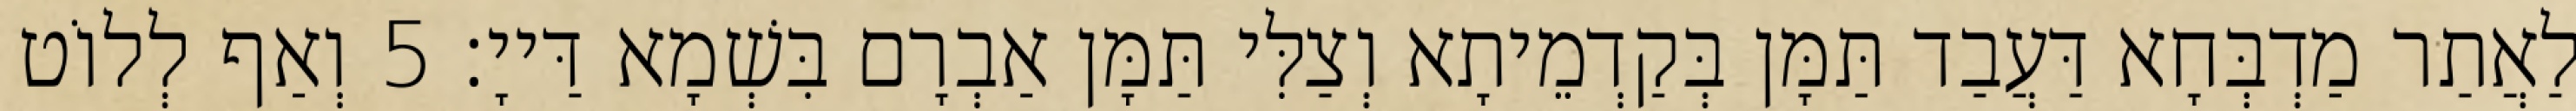
לַאֲתַר מַדְבְּחָא דַּעֲבַד תַּמָּן בְּקַדְמֵיתָא וְצַלִּי תַּמָּן אַבְרָם בִּשְׁמָא דַּייָ׃ 5 וְאַף לְלוֹט